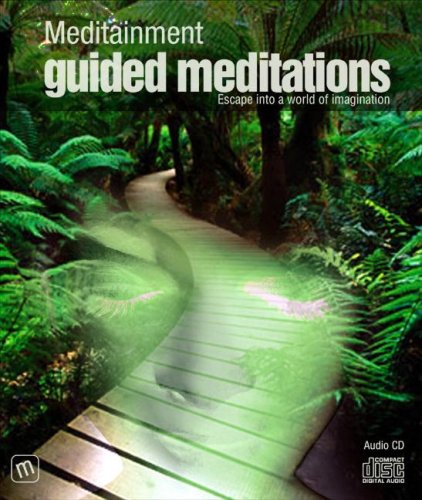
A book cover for Guided Meditations (Meditainment Audio CD); Richard Latham; Self-Help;